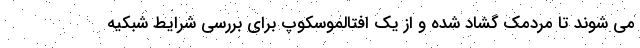
می شوند تا مردمک گشاد شده و از یک افتالموسکوپ برای بررسی شرایط شبکیه